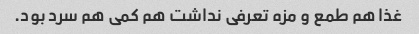
غذا هم طمع و مزه تعرفی نداشت هم کمی هم سرد بود.